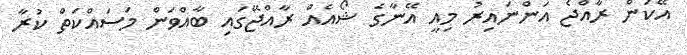
އޭކަން ރާއްޖެ އަންނައިރު މިއީ އޭނާގެ ޝޯއެއް ރާއްޖޭގައި ބާއްވަން މަސައްކަތް ކުރާ